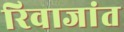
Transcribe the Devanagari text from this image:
रिवाजांत